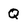
Character: Q